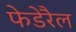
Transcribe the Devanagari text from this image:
फेडेरैल